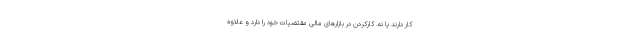
کار دارند یا نه. کارکردن در بازارهای مالی مقتضیات خود را دارد و علاوه